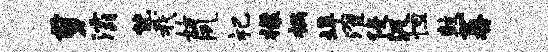
剪灞恍我姑夙祀檬祸埠濯侵汲怛鼓蕃